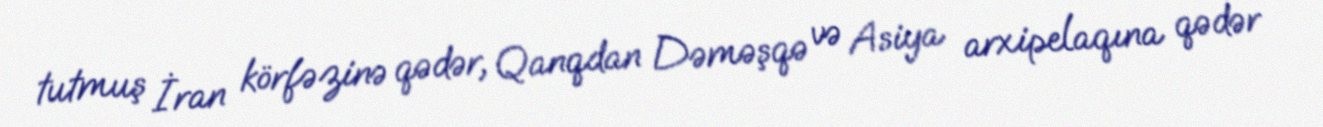
tutmuş İran körfəzinə qədər, Qanqdan Dəməşqə və Asiya arxipelaqına qədər